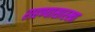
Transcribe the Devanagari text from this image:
राहण्यासारखा